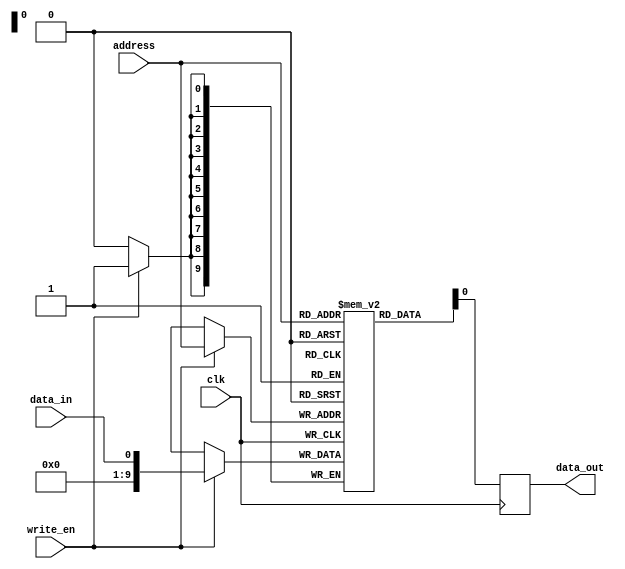
module SRAM(
    input wire clk,
    input wire write_en,
    input wire [9:0] address,
    input wire data_in,
    output wire data_out
);

reg [9:0] mem_array [0:1023];

always @(posedge clk) begin
    if(write_en)
        mem_array[address] <= data_in;
    data_out <= mem_array[address];
end

endmodule